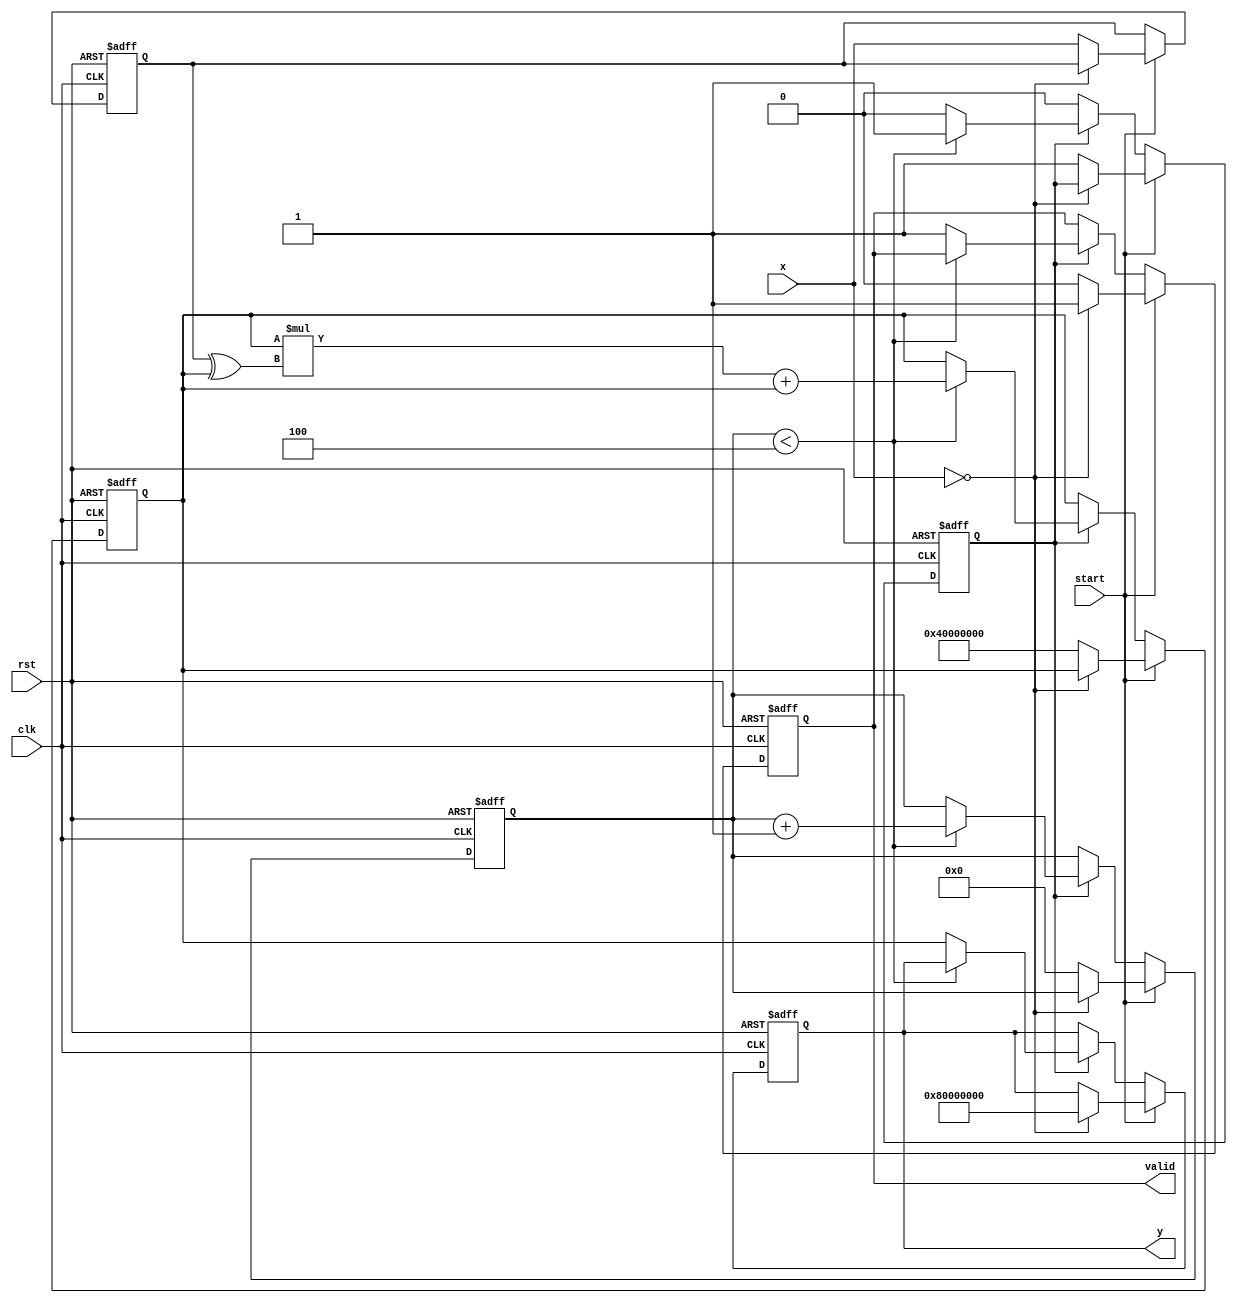
module binary_fractional_reciprocal #(
    parameter N = 16,  // Input width
    parameter M = 32   // Output width (should be greater than N)
)(
    input wire clk,
    input wire rst,
    input wire [N-1:0] x,  // Input fixed-point number (0 to 1)
    input wire start,       // Start signal for computation
    output reg [M-1:0] y,   // Output fixed-point reciprocal
    output reg valid        // Output valid signal
);

    // Internal registers
    reg [M-1:0] approx;     // Current approximation of the reciprocal
    reg [N-1:0] x_reg;      // Registered input
    reg [3:0] count;        // Iteration counter
    reg computing;          // Flag to indicate computation in progress

    // Constants
    localparam MAX_ITER = 4; // Maximum iterations for Newton-Raphson

    // Handle reset and start signal
    always @(posedge clk or posedge rst) begin
        if (rst) begin
            y <= 0;
            valid <= 0;
            approx <= 0;
            x_reg <= 0;
            count <= 0;
            computing <= 0;
        end else if (start) begin
            if (x == 0) begin
                // Handle zero input case
                y <= {1'b1, {M-1{1'b0}}}; // Return a large value (1.0 in fixed-point)
                valid <= 1;
            end else begin
                // Initialize for computation
                x_reg <= x;
                approx <= {1'b1, {M-2{1'b0}}}; // Initial approximation (1.0)
                count <= 0;
                computing <= 1;
                valid <= 0;
            end
        end else if (computing) begin
            if (count < MAX_ITER) begin
                // Newton-Raphson iteration: approx = approx * (2 - x * approx)
                approx <= approx * ({1'b0, x_reg} ^ {1'b0, approx}) + approx; // approx = approx * (2 - x * approx)
                count <= count + 1;
            end else begin
                // Final output after iterations
                y <= approx;
                valid <= 1;
                computing <= 0;
            end
        end
    end

endmodule